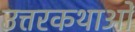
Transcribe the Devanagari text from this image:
उत्तरकथाओँ